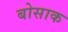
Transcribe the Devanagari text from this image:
बोसाक